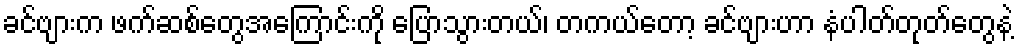
ခင်ဗျားက ဖက်ဆစ်တွေအကြောင်းကို ပြောသွားတယ်၊ တကယ်တော့ ခင်ဗျားဟာ နံပါတ်တုတ်တွေနဲ့